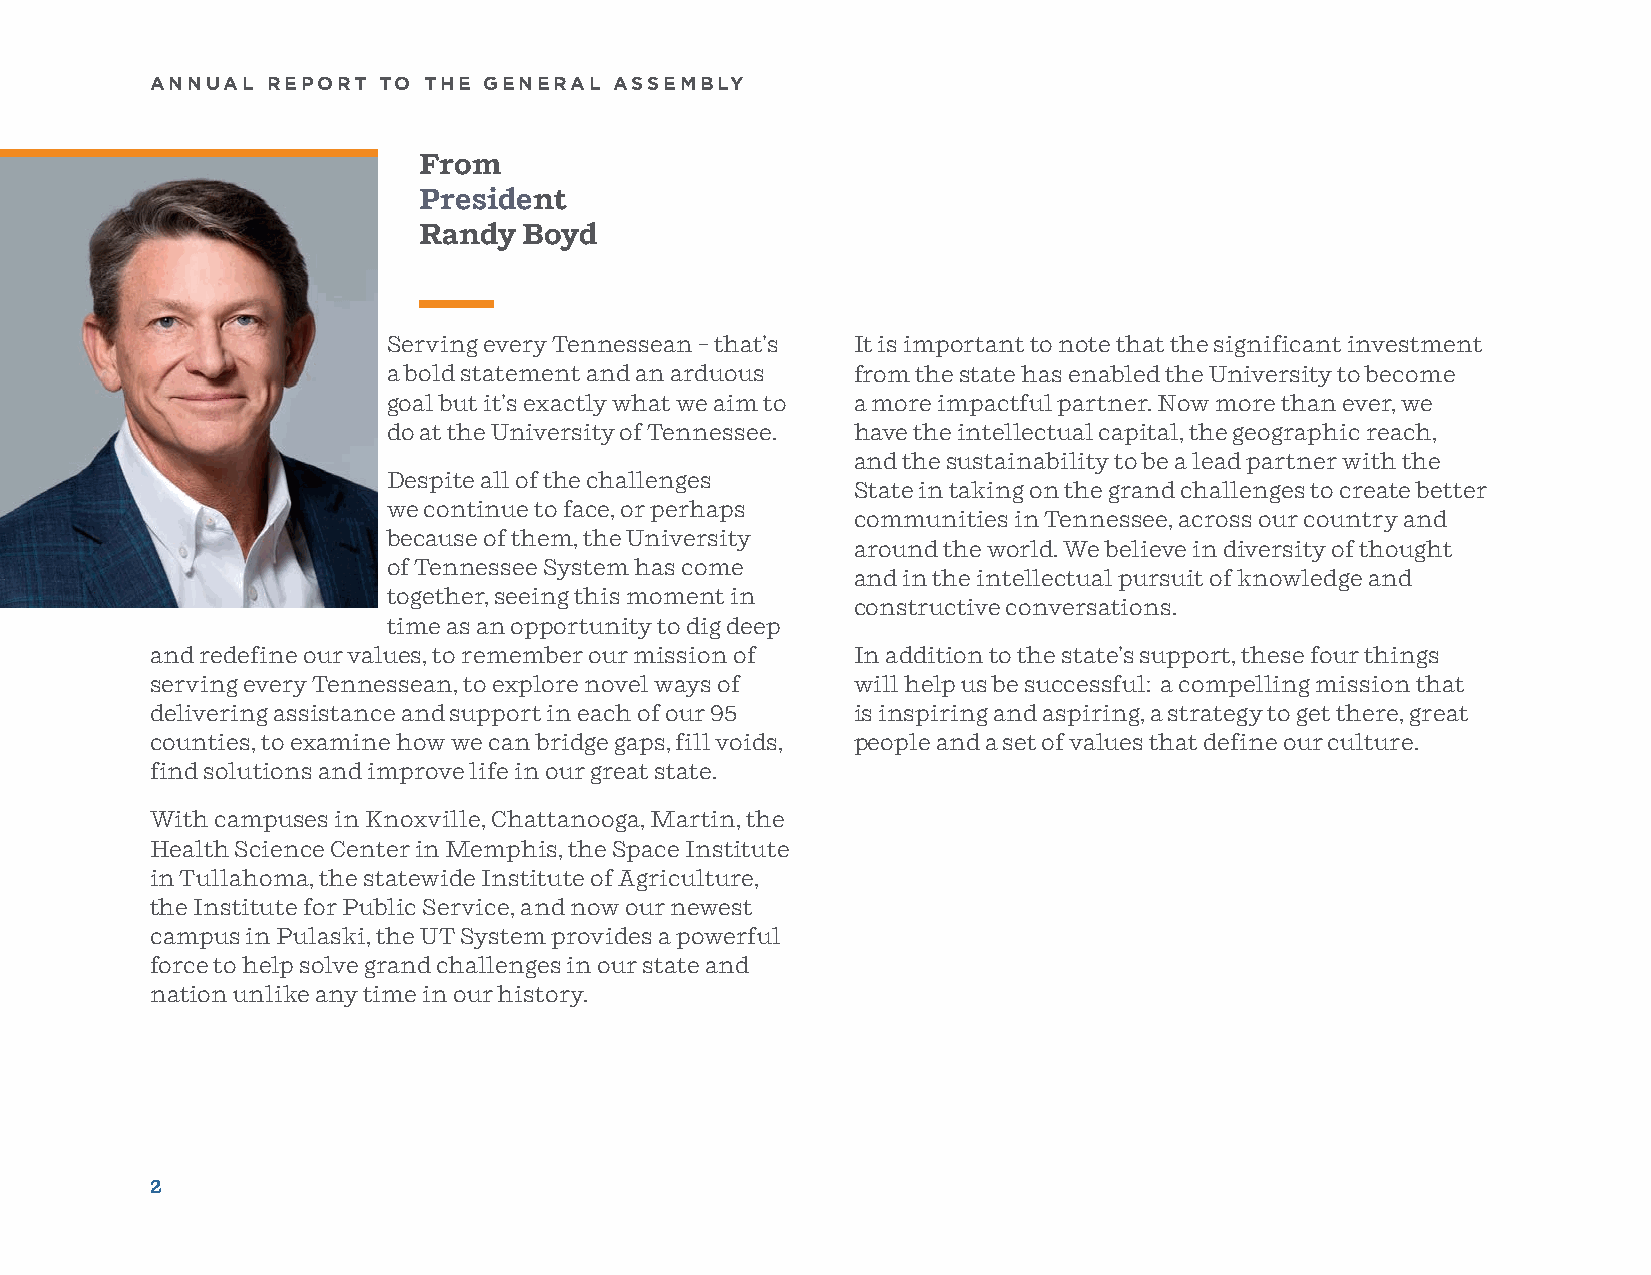
ANNUAL  REPORT TO THE GENERAL  ASSEMBLY
 From
 President
 Randy  Boyd
 Serving every Tennessean – that’s It is important to note that the significant investment
 a bold statement and an arduous from the state has enabled the University to become
 goal but it’s exactly what we aim to a more impactful partner. Now more than ever, we
 do at the University of Tennessee. have the intellectual capital, the geographic reach,
 and the sustainability to be a lead partner with the
 Despite all of the challenges
 State in taking on the grand challenges to create better
 we continue to face, or perhaps
 communities in Tennessee, across our country and
 because of them, the University
 around the world. We believe in diversity of thought
 of Tennessee System has come
 and in the intellectual pursuit of knowledge and
 together, seeing this moment in
 constructive conversations.
 time as an opportunity to dig deep
 and redefine our values, to remember our mission of In addition to the state’s support, these four things
 serving every Tennessean, to explore novel ways of will help us be successful: a compelling mission that
 delivering assistance and support in each of our 95 is inspiring and aspiring, a strategy to get there, great
 counties, to examine how we can bridge gaps, fill voids, people and a set of values that define our culture.
 find solutions and improve life in our great state.
 With campuses in Knoxville, Chattanooga, Martin, the
 Health Science Center in Memphis, the Space Institute
 in Tullahoma, the statewide Institute of Agriculture,
 the Institute for Public Service, and now our newest
 campus in Pulaski, the UT System provides a powerful
 force to help solve grand challenges in our state and
 nation unlike any time in our history.
 2